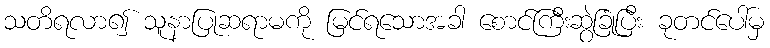
သတိရလာ၍ သူနာပြုဆရာမကို မြင်ရသောအခါ စောင်ကြီးဆွဲခြုံပြီး ခုတင်ပေါ်မှ